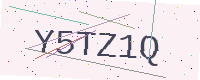
Text: Y5TZ1Q